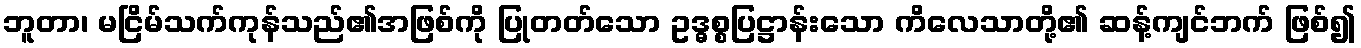
ဘူတာ၊ မငြိမ်သက်ကုန်သည်၏အဖြစ်ကို ပြုတတ်သော ဥဒ္ဓစ္စပြဋ္ဌာန်းသော ကိလေသာတို့၏ ဆန့်ကျင်ဘက် ဖြစ်၍